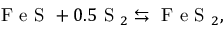
\mathrm { ~ F ~ e ~ S ~ } + 0 . 5 \mathrm { ~ S ~ } _ { 2 } \leftrightarrows \mathrm { ~ F ~ e ~ S ~ } _ { 2 } ,